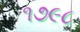
૧૭૯૮